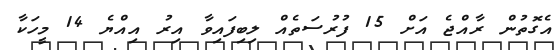
އެގޮތުން ރާއްޖެ އަށް 15 ފުރުސަތެއް ލިބިފައިވާ އިރު އިއްޔެ 14 މީހަކާ